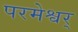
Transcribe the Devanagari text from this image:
परमेश्वर्